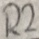
Text: R2